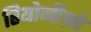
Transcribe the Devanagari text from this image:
रियोनीग्रो